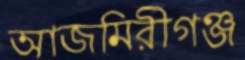
আজমিরীগঞ্জ